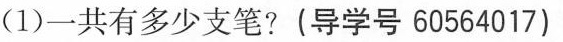
(1)一共有多少支笔?(导学号60564017)